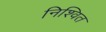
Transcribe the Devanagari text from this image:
निश्वित